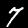
Digit: 7